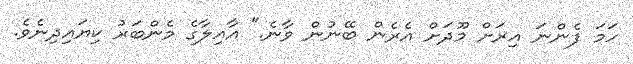
ހަމަ ފެންނަ އިރަށް މޫދަށް އެރެން ބޭނުން ވާނެ." އާއިލާގެ މެންބަރު ކިޔައިދިނެވެ.